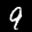
Label: 9